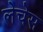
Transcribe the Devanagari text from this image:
लेचेस